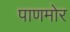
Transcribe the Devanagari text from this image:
पाणमोर